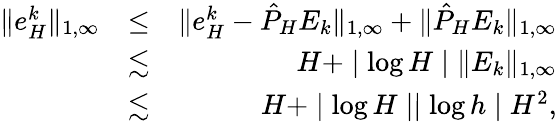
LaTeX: \begin{array}{rlr}{\| e_{H}^{k}\| _{1,\infty}}&{\leq}&{\| e_{H}^{k}-\hat{P}_{H}E_{k}\| _{1,\infty}+\| \hat{P}_{H}E_{k}\| _{1,\infty}}\\ &{\lesssim}&{H+\mid\log H\mid\| E_{k}\| _{1,\infty}}\\ &{\lesssim}&{H+\mid\log H\mid\mid\log h\mid H^{2},}\end{array}